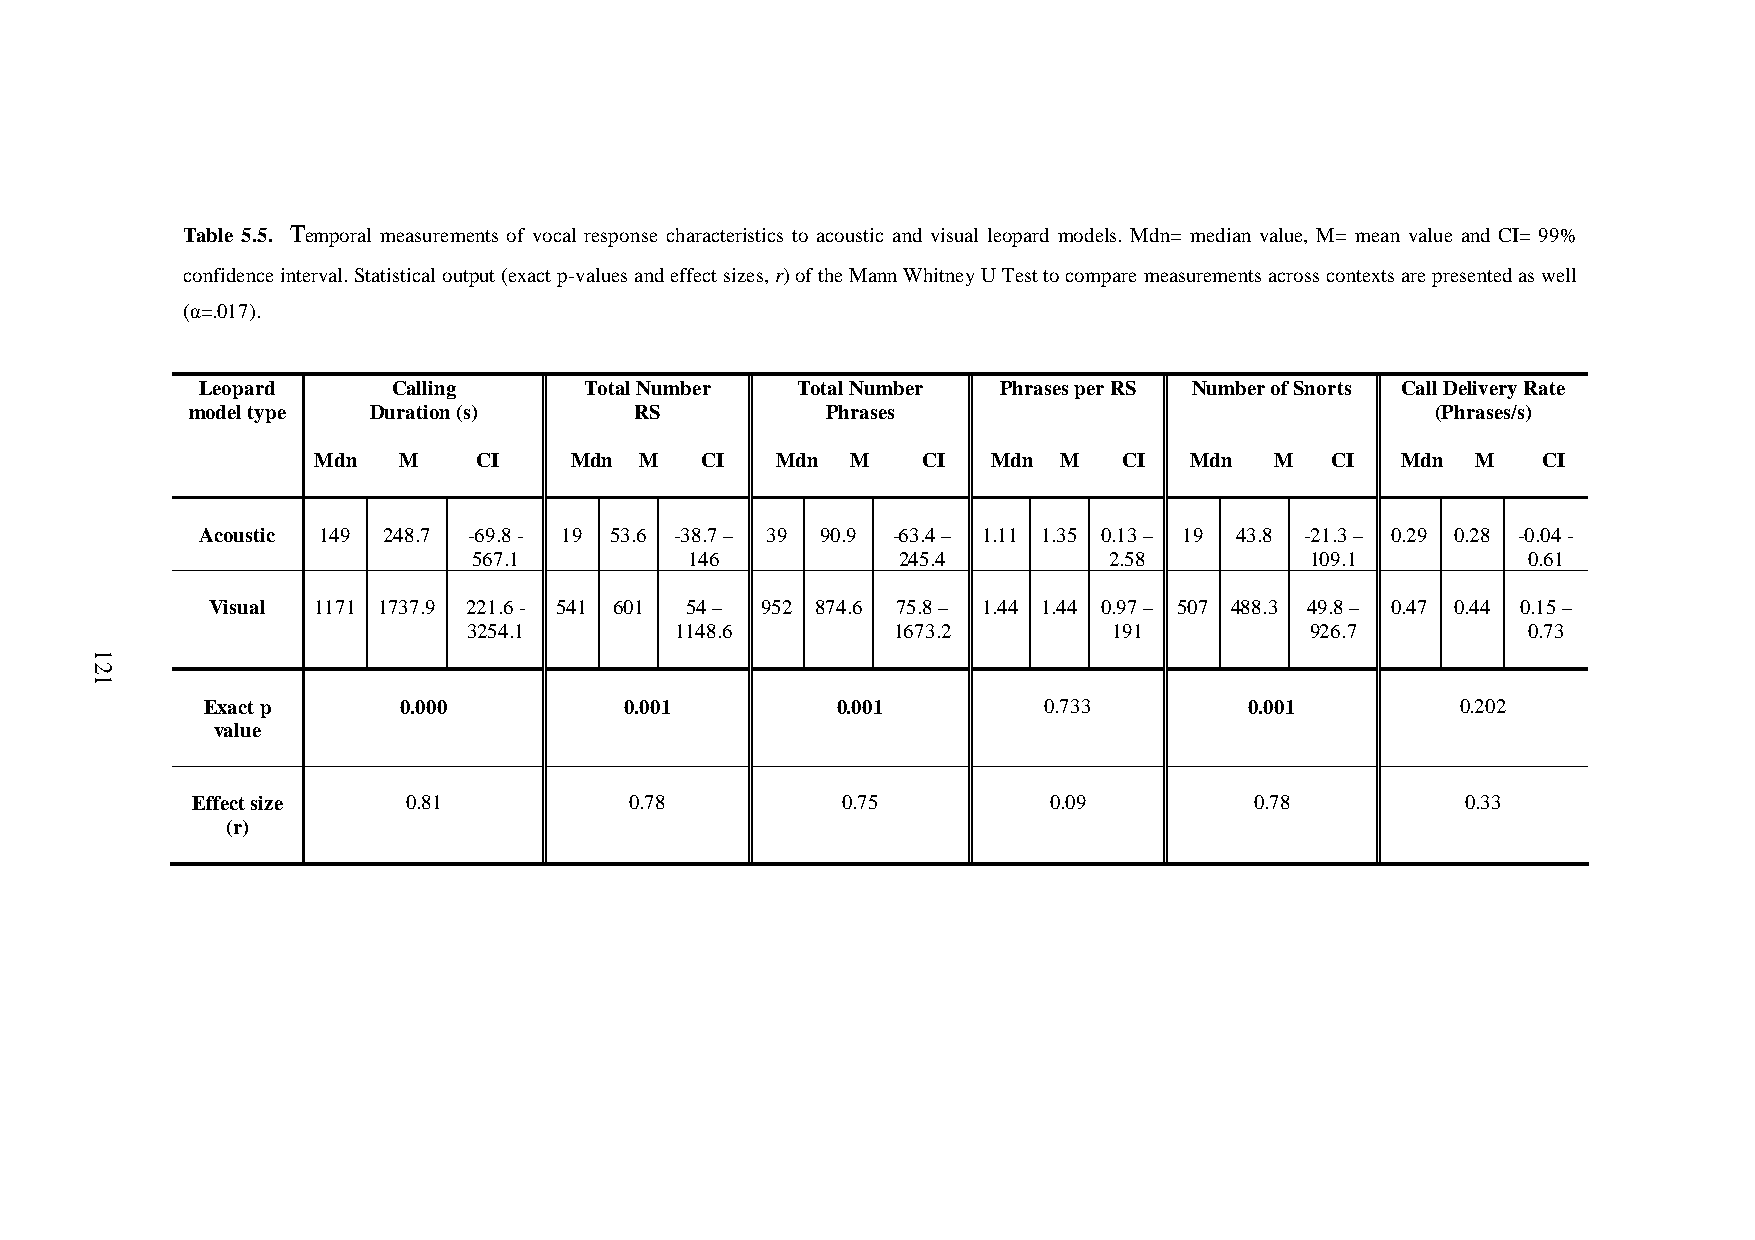
Chapter5.VisualpredatormodelsinKP
 Table 5.5. Temporal measurements of vocal response characteristics to acoustic and visual leopard models. Mdn= median value, M= mean value and CI= 99%
 confidenceinterval.Statisticaloutput(exactp-valuesandeffectsizes,r)oftheMannWhitneyUTesttocomparemeasurementsacrosscontextsarepresentedaswell
 (α=.017).
 Leopard      Calling      TotalNumber   TotalNumber  PhrasesperRS NumberofSnorts CallDeliveryRate
 modeltype   Duration(s)       RS           Phrases                                 (Phrases/s)
 Mdn  M     CI    Mdn M   CI   Mdn  M    CI   Mdn M   CI   Mdn  M   CI   Mdn  M   CI
 Acoustic 149 248.7 -69.8- 19 53.6 -38.7– 39 90.9 -63.4– 1.11 1.35 0.13– 19 43.8 -21.3– 0.29 0.28 -0.04-
 567.1          146          245.4         2.58          109.1         0.61
 Visual 1171 1737.9 221.6- 541 601 54– 952 874.6 75.8– 1.44 1.44 0.97– 507 488.3 49.8– 0.47 0.44 0.15–
 3254.1        1148.6        1673.2         191          926.7         0.73
 Exactp       0.000          0.001         0.001         0.733         0.001         0.202
 value
 Effectsize    0.81           0.78          0.75         0.09          0.78          0.33
 (r)
 121
 121